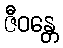
ဇီဝန္တေ